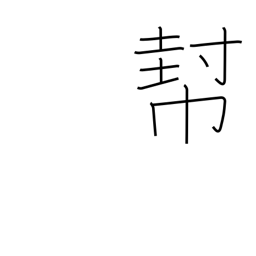
Meaning: help